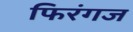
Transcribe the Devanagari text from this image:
फिरंगज